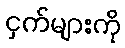
ငှက်များကို